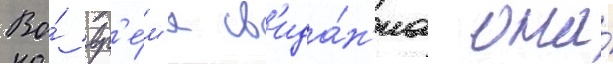
Во́ вр'е́м'я св'ида́н'иа она́